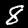
Digit: 8